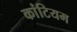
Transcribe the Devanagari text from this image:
कांटियम